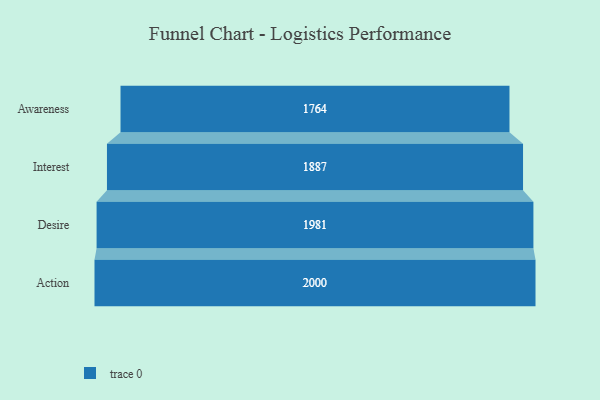
{"axis": {"x": "Stage", "y": "Value"}, "legend": [""], "data": [{"x": "Awareness", "y": 1764.0, "type": ""}, {"x": "Interest", "y": 1887.0, "type": ""}, {"x": "Desire", "y": 1981.0, "type": ""}, {"x": "Action", "y": 2000, "type": ""}]}